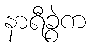
နာရီခွဲက